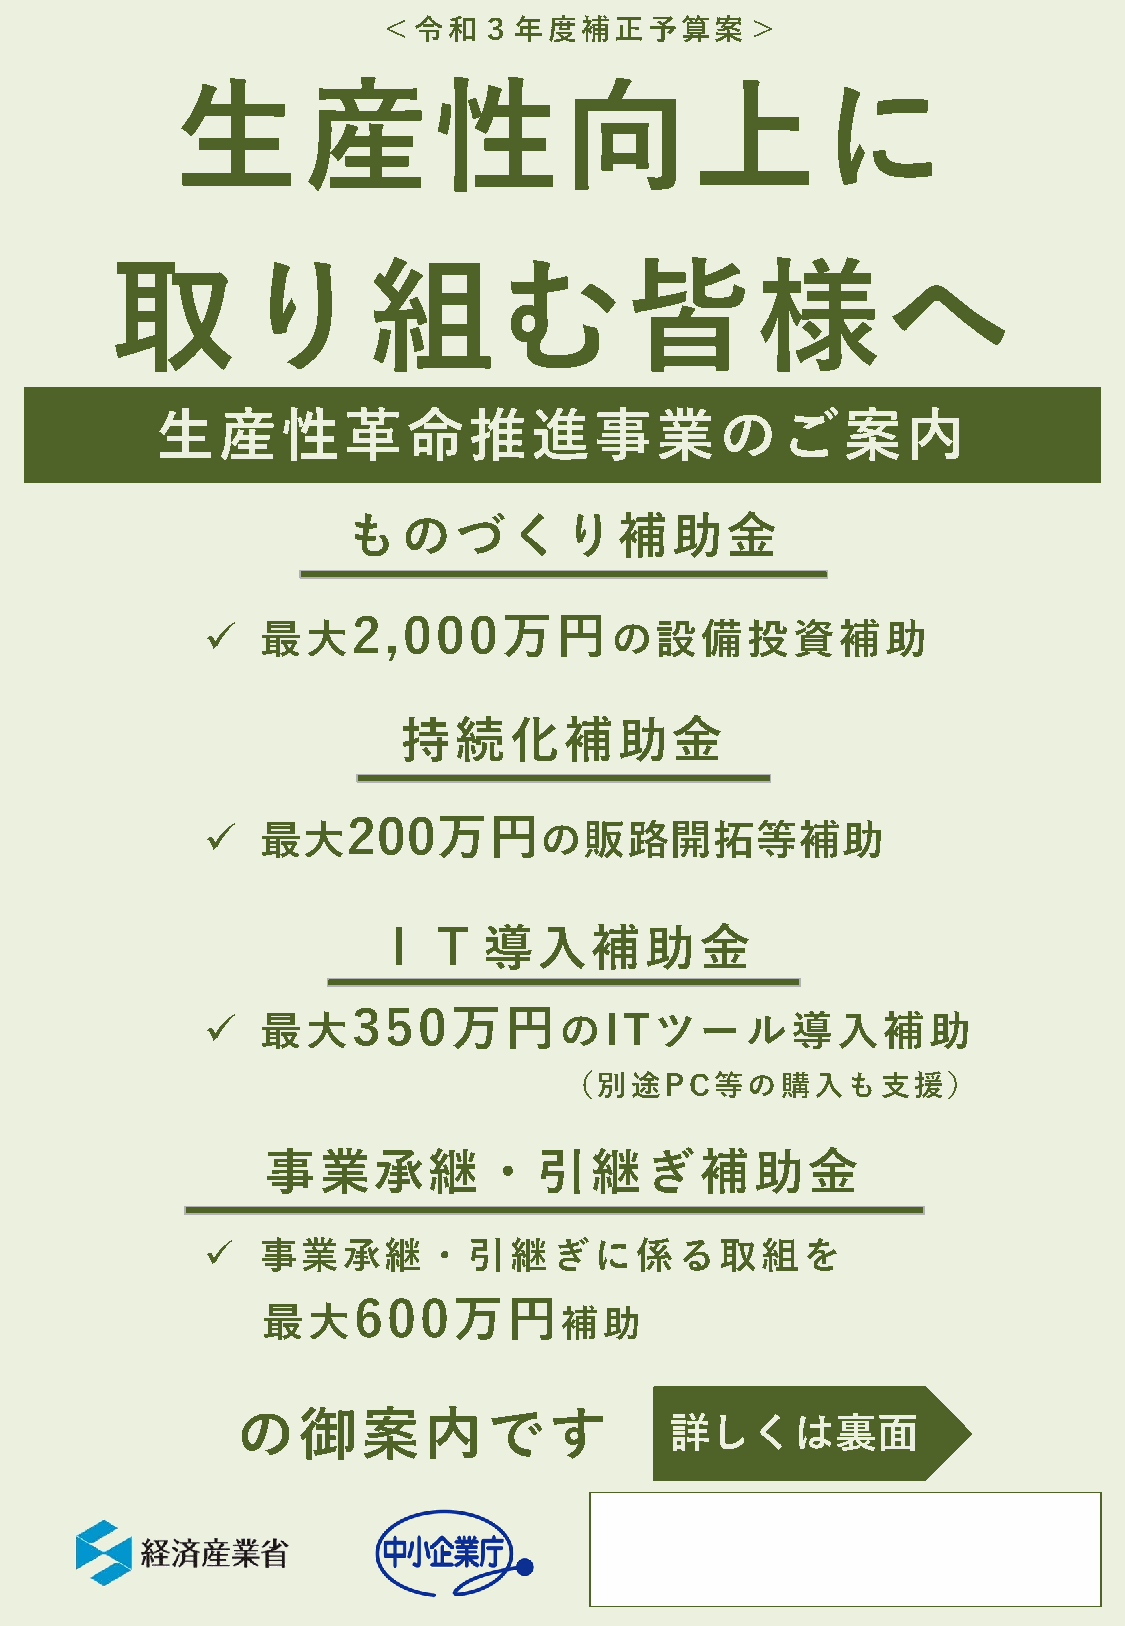
＜令和３年度補正予算案＞
 生産性向上に
 取り組む皆様へ
 生産性革命推進事業のご案内
 ものづくり補助金
 2,000万円
    最大                     の設備投資補助
 持続化補助金
 200万円
    最大                 の販路開拓等補助
 ＩＴ導入補助金
 350万円
    最大                  のITツール導入補助
 （別途PC等の購入も支援）
 事業承継・引継ぎ補助金
    事業承継・引継ぎに係る取組を
 600万円
 最大                  補助
 の御案内です
 詳しくは裏面